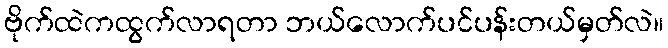
ဗိုက်ထဲကထွက်လာရတာ ဘယ်လောက်ပင်ပန်းတယ်မှတ်လဲ။